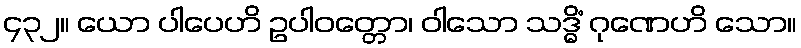
၄၃၂။ ယော ပါပေဟိ ဥပါဝတ္တော၊ ဝါသော သဒ္ဓိံ ဂုဏေဟိ သော။